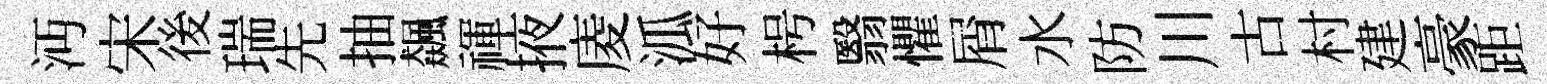
沔宋後瑞先抽飆禈掖庱泒好枵翳懼屑水防川古村建豪距